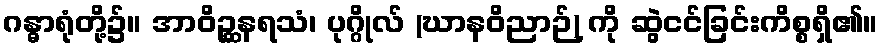
ဂန္ဓာရုံတို့၌။ အာဝိဉ္ဆနရသံ၊ ပုဂ္ဂိုလ် (ဃာနဝိညာဉ်) ကို ဆွဲငင်ခြင်းကိစ္စရှိ၏။